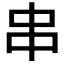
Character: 串